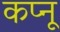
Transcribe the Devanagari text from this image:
कप्नू